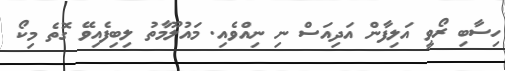
ހިސާބި ރޯވީ އަލިފާން އަދިއަސް ނި ނިއްވެއި. މައުލޫމާތު ލިބިފެއިވޭ ގޮތެ މިކޯ